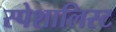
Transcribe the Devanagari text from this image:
स्पेशालिस्ट